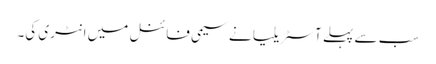
سب سے پہلے آسٹریلیا نے سیمی فائنل میں انٹری کی۔